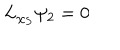
LaTeX: L _ { \chi _ { S } } \psi _ { 2 } = 0